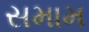
સમામ